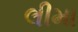
લીમા